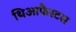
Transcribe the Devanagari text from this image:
थिआफैस्टस